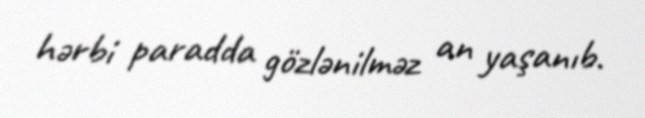
hərbi paradda gözlənilməz an yaşanıb.